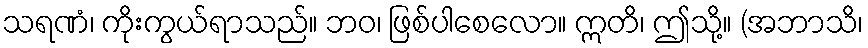
သရဏံ၊ ကိုးကွယ်ရာသည်။ ဘဝ၊ ဖြစ်ပါစေလော။ ဣတိ၊ ဤသို့။ (အဘာသိ၊